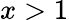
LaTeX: x>1